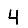
Digit: 4